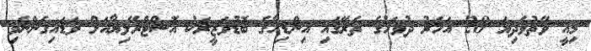
މިއީ ވޭތުވެދިޔަ 28 އަހަރު ދުވަހުގެ ތެރޭގައި އިންޑިއާގެ ބޮޑުވަޒީރަކު އޮސްޓްރޭލިޔާއަށް ވަޑައިގެންނެވި